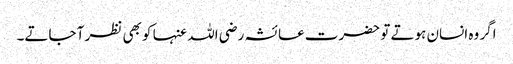
اگر وہ انسان ہوتے تو حضرت عائشہ رضی اللہ عنہا کو بھی نظر آ جاتے۔